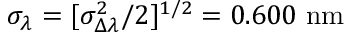
\sigma _ { \lambda } = [ \sigma _ { \Delta \lambda } ^ { 2 } / 2 ] ^ { 1 / 2 } = 0 . 6 0 0 \ \mathrm { n m }